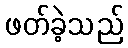
ဖတ်ခဲ့သည်